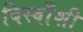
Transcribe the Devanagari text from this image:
बिस्वाँशी